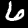
Label: 6